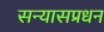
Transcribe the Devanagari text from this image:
सन्यासप्रधन